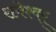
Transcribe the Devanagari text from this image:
रामेश्वर्